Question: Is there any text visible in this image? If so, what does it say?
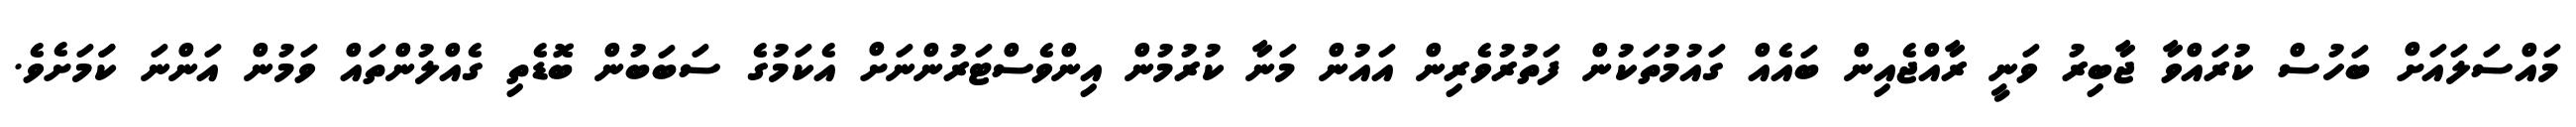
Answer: މައްސަލައަށް ބަހުސް ކުރައްވާ ޖާބިރު ވަނީ ރާއްޖެއިން ބައެއް ގައުމުތަކުން ފަތުރުވެރިން އައުން މަނާ ކުރުމުން އިންވެސްޓަރުންނަށް އެކަމުގެ ސަބަބުން ބޮޑެތި ގެއްލުންތައް ވަމުން އަންނަ ކަަމަށެވެ.